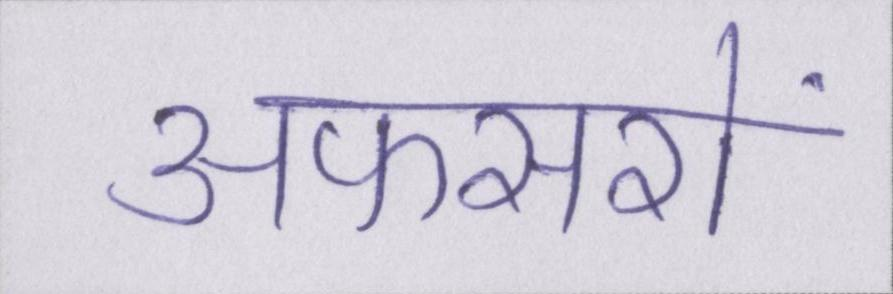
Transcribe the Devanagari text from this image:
अफसरों